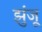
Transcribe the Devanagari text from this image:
झुंजू